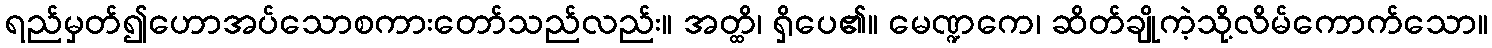
ရည်မှတ်၍ဟောအပ်သောစကားတော်သည်လည်း။ အတ္ထိ၊ ရှိပေ၏။ မေဏ္ဍကေ၊ ဆိတ်ချိုကဲ့သို့လိမ်ကောက်သော။